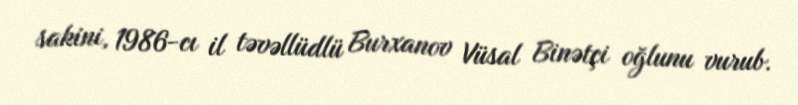
sakini, 1986-cı il təvəllüdlü Burxanov Vüsal Binətçi oğlunu vurub.